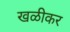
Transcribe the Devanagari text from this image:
खळीकर